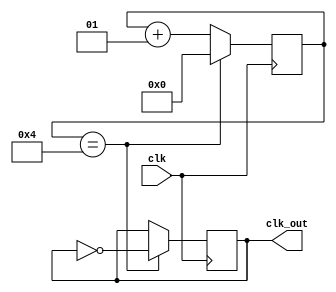
module clock_divide_by_100(
    input wire clk,
    output reg clk_out
);  
  	integer count;
    initial begin
        count = 0;
      	clk_out = 1'b0;
    end

    always @(posedge clk) begin
        count <= count + 1;
        if (count == 4) begin
            count <= 0;
            clk_out <= ~clk_out;
        end
    end

endmodule

module timer_input_and_control(
    input wire[9:0] key,
    input wire clk, enablen,
    output wire[3:0] D,
    output wire pgt_1Hz, loadn
);
    // Priority encoder
    wire valid;
    assign D = enablen ? (
        key[9] ? 4'b1001 :
        key[8] ? 4'b1000 :
        key[7] ? 4'b0111 :
        key[6] ? 4'b0110 :
        key[5] ? 4'b0101 :
        key[4] ? 4'b0100 :
        key[3] ? 4'b0011 :
        key[2] ? 4'b0010 :
        key[1] ? 4'b0001 :
        key[0] ? 4'b0000 :
        4'bx) : D;
    assign valid = enablen ? ((key == 10'b0) ? 1'b0 : 1'b1) : valid;
    assign loadn = valid;

    // 100Hz to 1Hz
    wire clk1Hz;
    clock_divide_by_100 c(.clk(clk), .clk_out(clk1Hz));

    // Non Recycling counter? .clear(valid) .clk(clk)

    // MUX
    assign pgt_1Hz = enablen ? clk1Hz : 1'b0;

endmodule